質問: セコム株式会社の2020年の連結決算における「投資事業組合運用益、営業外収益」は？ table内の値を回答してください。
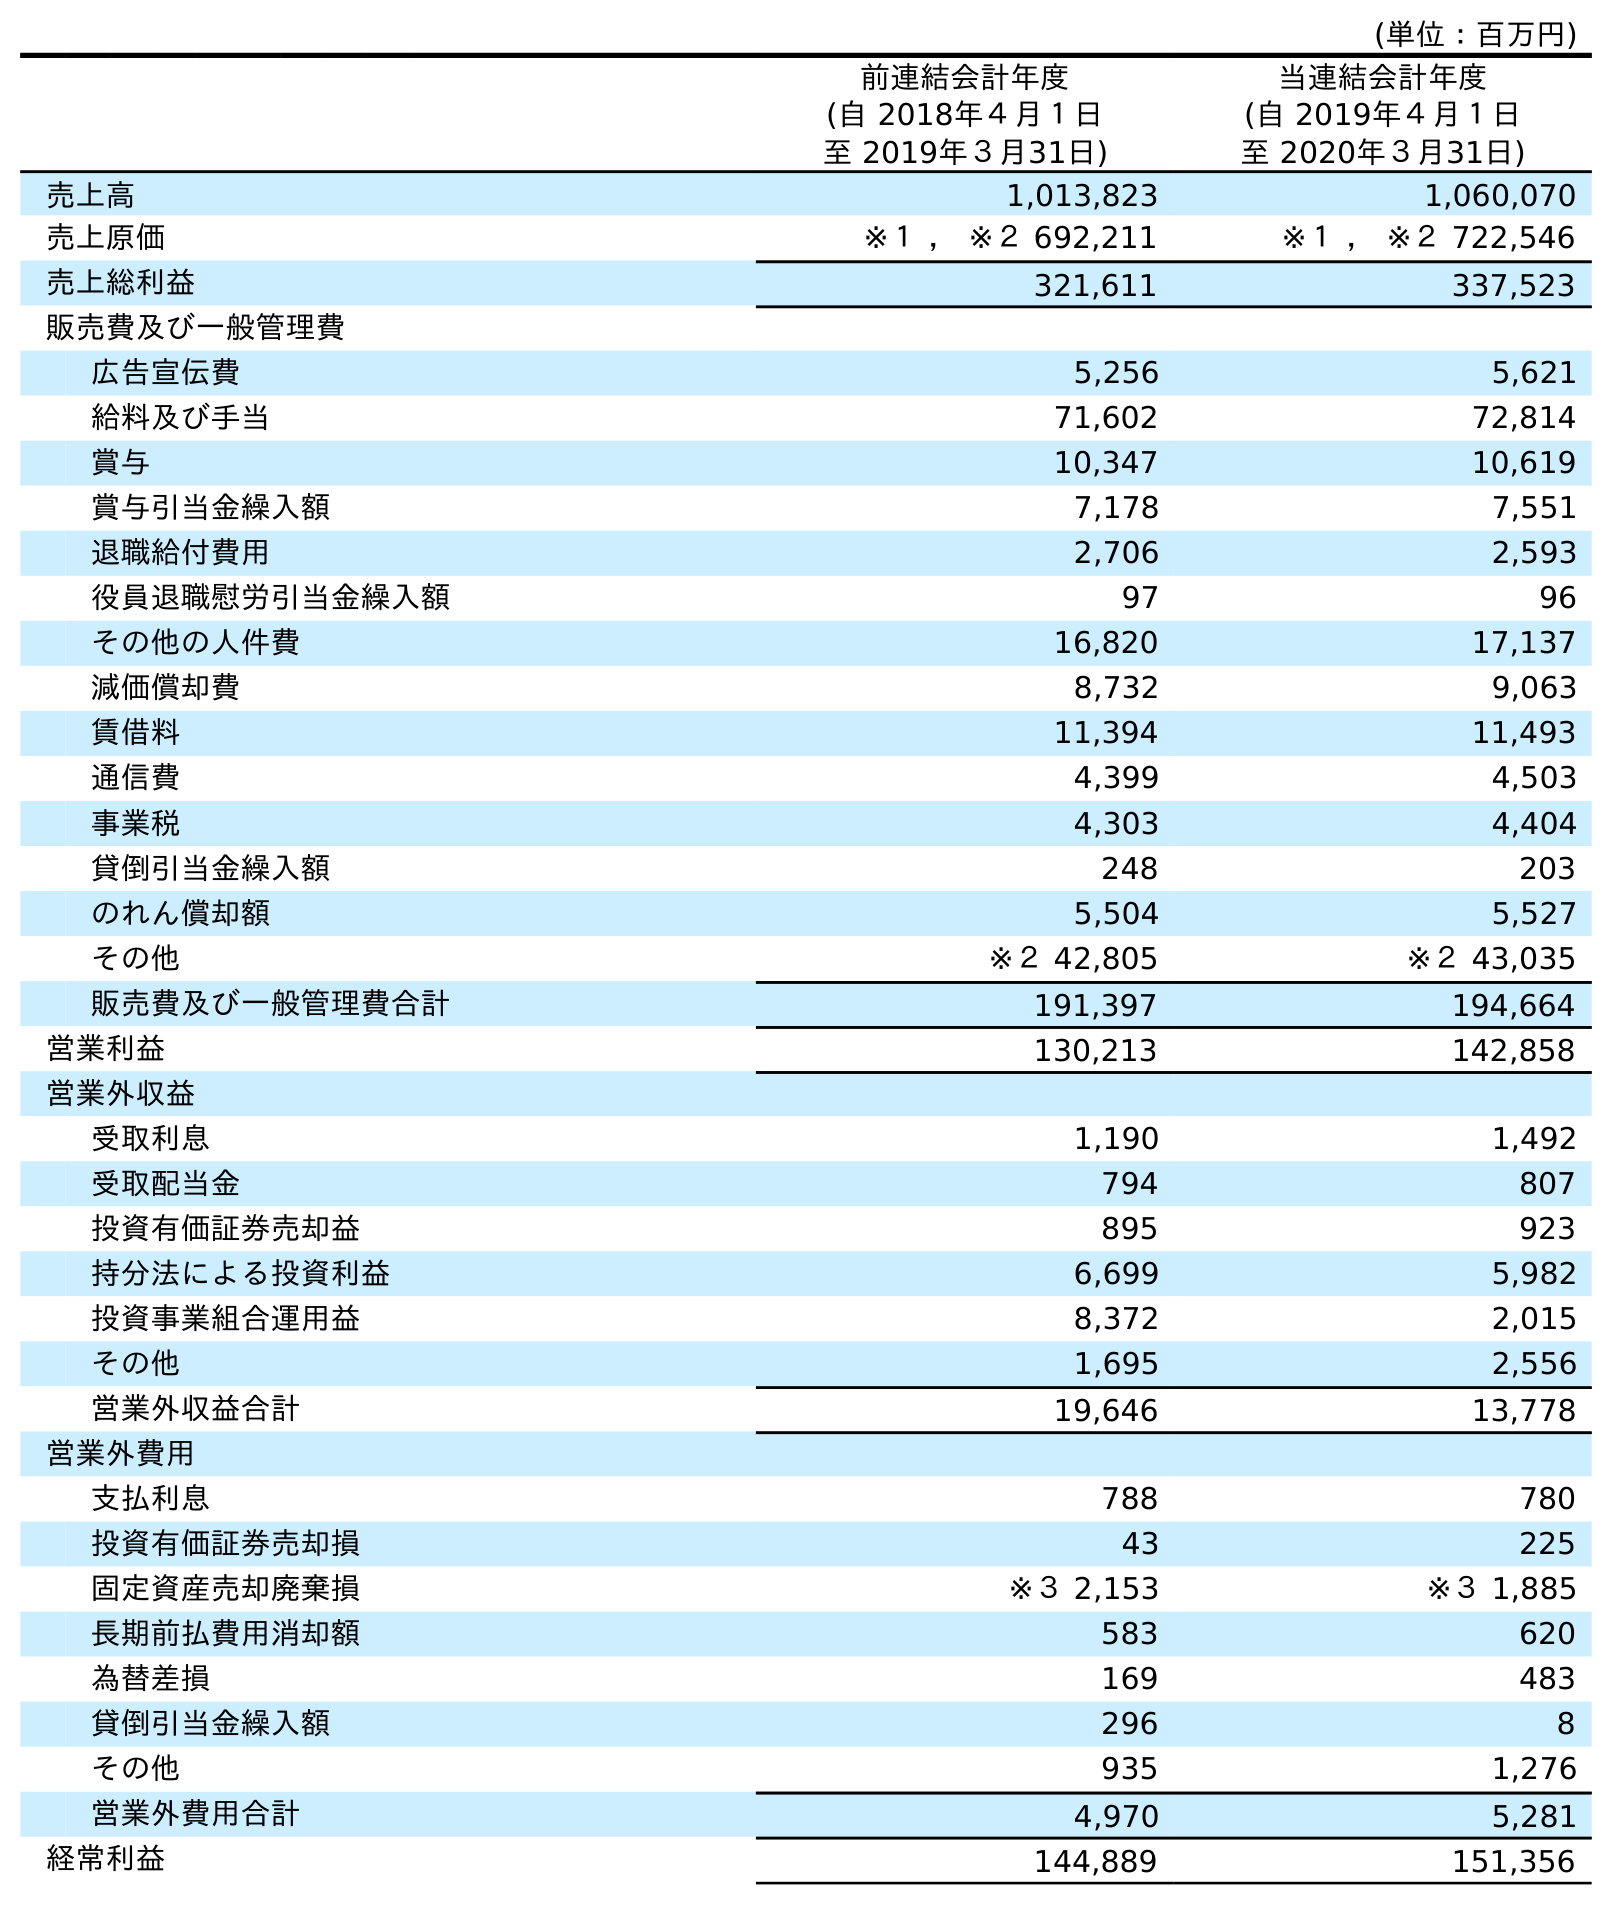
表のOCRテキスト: (単位：百万円) 前連結会計年度 (自 2018年４月１日 至 2019年３月31日) 当連結会計年度 (自 2019年４月１日 至 2020年３月31日) 売上高 1,013,823 1,060,070 売上原価 ※１ ， ※２ 692,211 ※１ ， ※２ 722,546 売上総利益 321,611 337,523 販売費及び一般管理費 広告宣伝費 5,256 5,621 給料及び手当 71,602 72,814 賞与 10,347 10,619 賞与引当金繰入額 7,178 7,551 退職給付費用 2,706 2,593 役員退職慰労引当金繰入額 97 96 その他の人件費 16,820 17,137 減価償却費 8,732 9,063 賃借料 11,394 11,493 通信費 4,399 4,503 事業税 4,303 4,404 貸倒引当金繰入額 248 203 のれん償却額 5,504 5,527 その他 ※２ 42,805 ※２ 43,035 販売費及び一般管理費合計 191,397 194,664 営業利益 130,213 142,858 営業外収益 受取利息 1,190 1,492 受取配当金 794 807 投資有価証券売却益 895 923 持分法による投資利益 6,699 5,982 投資事業組合運用益 8,372 2,015 その他 1,695 2,556 営業外収益合計 19,646 13,778 営業外費用 支払利息 788 780 投資有価証券売却損 43 225 固定資産売却廃棄損 ※３ 2,153 ※３ 1,885 長期前払費用消却額 583 620 為替差損 169 483 貸倒引当金繰入額 296 8 その他 935 1,276 営業外費用合計 4,970 5,281 経常利益 144,889 151,356
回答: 2,015